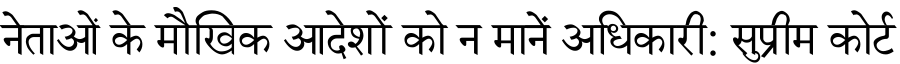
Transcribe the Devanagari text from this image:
नेताओं के मौखिक आदेशों को न मानें अधिकारी: सुप्रीम कोर्ट